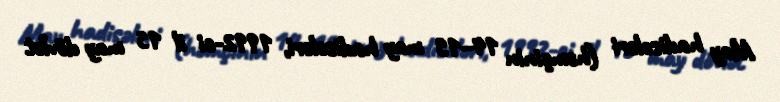
May hadisələri (həmçinin 14–15 may hadisələri, 1992-ci il 15 may dövlət